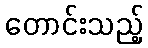
တောင်းသည့်